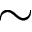
\sim